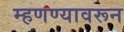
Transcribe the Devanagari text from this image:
म्हणण्यावरून